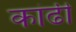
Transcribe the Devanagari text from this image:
कांढी